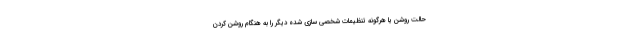
حالت روشن یا هرگونه تنظیمات شخصی سازی شده دیگر را به هنگام روشن کردن